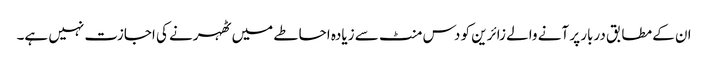
ان کے مطابق دربار پر آنے والے زائرین کو دس منٹ سے زیادہ احاطے میں ٹھہرنے کی اجازت نہیں ہے۔